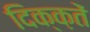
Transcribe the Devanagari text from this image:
दिक्क़तें